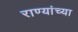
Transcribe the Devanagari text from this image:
राण्यांच्या